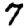
Digit: 7